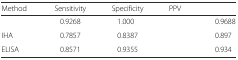
<table><thead><tr><td><b>Method</b></td><td><b>Sensitivity</b></td><td><b>Specificity</b></td><td><b>PPV</b></td><td>[EMPTY_CELL]</td></tr></thead><tbody><tr><td>[EMPTY_CELL]</td><td>0.9268</td><td>1.000</td><td>[EMPTY_CELL]</td><td>0.9688</td></tr><tr><td>IHA</td><td>0.7857</td><td>0.8387</td><td>[EMPTY_CELL]</td><td>0.897</td></tr><tr><td>ELISA</td><td>0.8571</td><td>0.9355</td><td>[EMPTY_CELL]</td><td>0.934</td></tr></tbody></table>